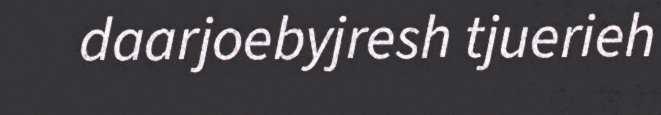
daarjoebyjresh tjuerieh